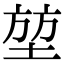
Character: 堃